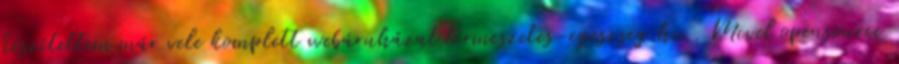
készítettem már vele komplett webáruházat termeszetes-egeszseg.hu . Mivel opensource